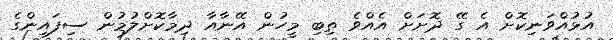
އުޅުއްވަނިކޮށް އެ ގޭ ދޮށަށް އެއްވެ ތިބި މީހުން އޭނާއާ ދިމާކޮށްލުމުން ސިފައިންގެ